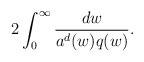
\begin{align*}2 \int_{0}^{\infty} \frac{d w}{a^d(w) q(w)}. \end{align*}